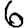
Digit: 6